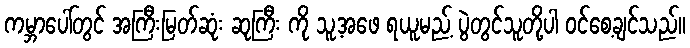
ကမ္ဘာပေါ်တွင် အကြီးမြတ်ဆုံး ဆုကြီး ကို သူ့အဖေ ရယူမည့် ပွဲတွင်သူတို့ပါ ဝင်စေ့ချင်သည်။